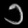
Digit: ၁